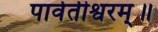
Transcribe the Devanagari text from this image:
पार्वतीश्वरम्॥